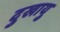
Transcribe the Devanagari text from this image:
दुखायु